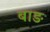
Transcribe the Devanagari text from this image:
बाङ